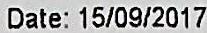
DATE: 15/09/2017